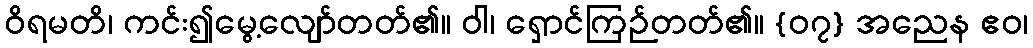
ဝိရမတိ၊ ကင်း၍မွေ့လျော်တတ်၏။ ဝါ၊ ရှောင်ကြဉ်တတ်၏။ {၀၇} အညေန ဧဝ၊